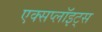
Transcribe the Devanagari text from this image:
एक्सप्लॉइट्स